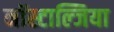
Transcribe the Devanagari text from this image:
नॉस्टाल्जिया